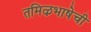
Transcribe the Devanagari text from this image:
तमिऴभाषेची